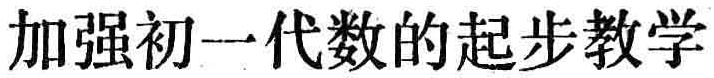
加强初一代数的起步教学